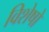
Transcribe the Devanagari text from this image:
विशेषो